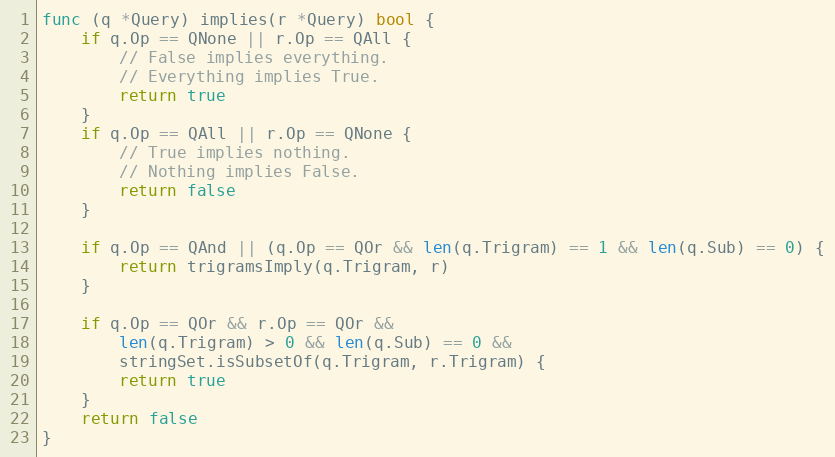
Language: Go
func (q *Query) implies(r *Query) bool {
	if q.Op == QNone || r.Op == QAll {
		// False implies everything.
		// Everything implies True.
		return true
	}
	if q.Op == QAll || r.Op == QNone {
		// True implies nothing.
		// Nothing implies False.
		return false
	}

	if q.Op == QAnd || (q.Op == QOr && len(q.Trigram) == 1 && len(q.Sub) == 0) {
		return trigramsImply(q.Trigram, r)
	}

	if q.Op == QOr && r.Op == QOr &&
		len(q.Trigram) > 0 && len(q.Sub) == 0 &&
		stringSet.isSubsetOf(q.Trigram, r.Trigram) {
		return true
	}
	return false
}